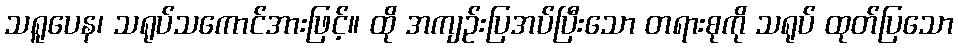
သရူပေန၊ သရုပ်သကောင်အားဖြင့်။ ထို အကျဉ်းပြအပ်ပြီးသော တရားစုကို သရုပ် ထုတ်ပြသော